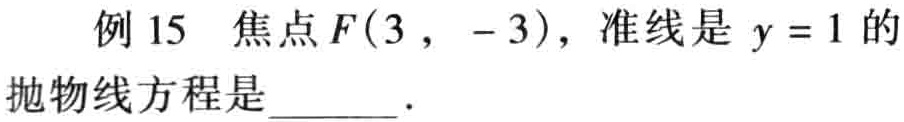
例 15 焦点\(F(3, - 3)\)，准线是\(y = 1\)的抛物线方程是  ．